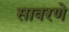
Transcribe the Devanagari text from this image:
सावरणे